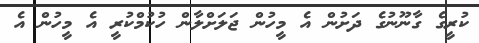
ކުރީގެ ގާނޫނުގެ ދަށުން އެ މީހުން ޖަލަށްލާން ހުކުމްކުރީ އެ މީހުން އެ